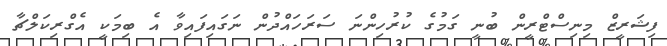
ފިޝަރީޒް މިނިސްޓްރީން ބުނީ ގަމުގެ ކުރުހިންނަ ސަރަހައްދުން ނަގައިފައިވާ އެ ބިމަކީ އެގްރިކަލްޗާ